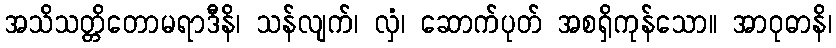
အသိသတ္တိတောမရာဒီနိ၊ သန်လျက်၊ လှံ၊ ဆောက်ပုတ် အစရှိကုန်သော။ အာဝုဓာနိ၊